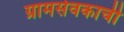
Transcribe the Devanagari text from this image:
ग्रामसेवकाची